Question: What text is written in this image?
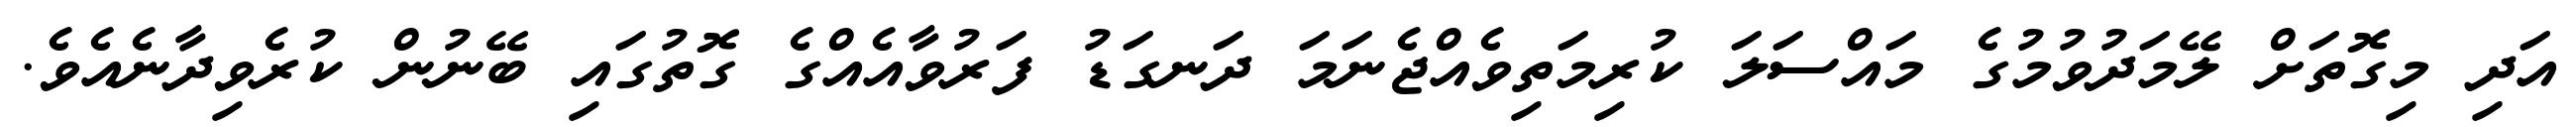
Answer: އަދި މިގޮތަށް ލޭމަދުވުމުގެ މައްސަލަ ކުރިމަތިވެއްޖެނަމަ ދަނގަޑު ފަރުވާއެއްގެ ގޮތުގައި ބޭނުން ކުރެވިދާނެއެވެ.